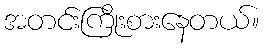
အတင်းကြိုးစားနေတယ်။